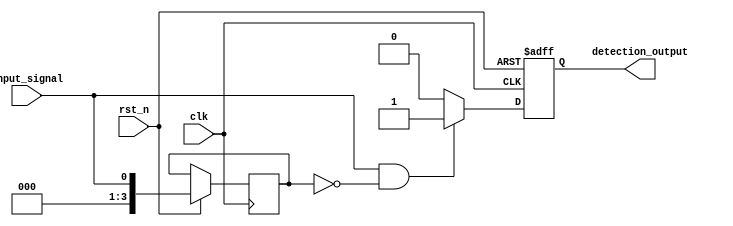
module MemoryBlocksSamplingDelayLineDetector #(
    parameter SAMPLING_FREQUENCY = 100, // Adjust sampling frequency as needed
    parameter DELAY_LENGTH = 4,          // Length of the delay line
    parameter MEMORY_DEPTH = 16           // Number of memory blocks
)(
    input wire clk,                       // Clock signal for sampling
    input wire rst_n,                     // Active low reset
    input wire input_signal,              // Input signal to be sampled
    output reg detection_output           // Output signal indicating detection
);

    // Memory blocks to store sampled values
    reg [DELAY_LENGTH-1:0] delay_line [0:MEMORY_DEPTH-1]; // Delay line memory blocks
    reg [MEMORY_DEPTH-1:0] sample_memory;                 // Sample memory for storing values
    integer i;

    // Sampling logic
    always @(posedge clk or negedge rst_n) begin
        if (!rst_n) begin
            // Reset memory blocks
            for (i = 0; i < MEMORY_DEPTH; i = i + 1) begin
                sample_memory[i] <= 1'b0;
            end
            detection_output <= 1'b0;
        end else begin
            // Shift samples in memory
            for (i = MEMORY_DEPTH - 1; i > 0; i = i - 1) begin
                sample_memory[i] <= sample_memory[i-1];
            end
            // Store the latest sample
            sample_memory[0] <= input_signal;

            // Delay line implementation
            for (i = DELAY_LENGTH - 1; i > 0; i = i - 1) begin
                delay_line[i] <= delay_line[i-1];
            end
            delay_line[0] <= input_signal;

            // Detection logic: simple example for detecting rising edge
            if (input_signal && !delay_line[0]) begin
                detection_output <= 1'b1; // Rising edge detected
            end else begin
                detection_output <= 1'b0; // No edge detected
            end
        end
    end

endmodule